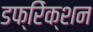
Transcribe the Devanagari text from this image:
डफ्रेिक्शन